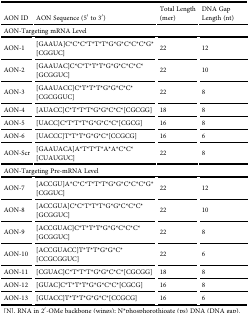
<table><thead><tr><td><b>AON ID</b></td><td><b>AON Sequence (5′ to 3′)</b></td><td><b>Total Length (mer)</b></td><td><b>DNA Gap Length (nt)</b></td></tr></thead><tbody><tr><td colspan="4"><b>AON-Targeting mRNA Level</b></td></tr><tr><td>AON-1</td><td>[GAAUA]C*C*C*T*T*T*G*G*C*C*C*G*[CGGUC]</td><td>22</td><td>12</td></tr><tr><td>AON-2</td><td>[GAAUAC]C*C*T*T*T*G*G*C*C*C*[GCGGUC]</td><td>22</td><td>10</td></tr><tr><td>AON-3</td><td>[GAAUACC]C*T*T*T*G*G*C*C*[CGCGGUC]</td><td>22</td><td>8</td></tr><tr><td>AON-4</td><td>[AUACC]C*T*T*T*G*G*C*C*[CGCGG]</td><td>18</td><td>8</td></tr><tr><td>AON-5</td><td>[UACC]C*T*T*T*G*G*C*C*[CGCG]</td><td>16</td><td>8</td></tr><tr><td>AON-6</td><td>[UACCC]T*T*T*G*G*C*[CCGCG]</td><td>16</td><td>6</td></tr><tr><td>AON-Scr</td><td>[GAAUACA]A*T*T*T*A*A*C*C*[CUAUGUC]</td><td>22</td><td>8</td></tr><tr><td colspan="4"><b>AON-Targeting Pre-mRNA Level</b></td></tr><tr><td>AON-7</td><td>[ACCGU]A*C*C*T*T*T*G*G*C*C*C*G*[CGGUC]</td><td>22</td><td>12</td></tr><tr><td>AON-8</td><td>[ACCGUA]C*C*T*T*T*G*G*C*C*C*[GCGGUC]</td><td>22</td><td>10</td></tr><tr><td>AON-9</td><td>[ACCGUAC]C*T*T*T*G*G*C*C*C*[GCGGUC]</td><td>22</td><td>8</td></tr><tr><td>AON-10</td><td>[ACCGUACC]T*T*T*G*G*C*[CCGCGGUC]</td><td>22</td><td>6</td></tr><tr><td>AON-11</td><td>[CGUAC]C*T*T*T*G*G*C*C*[CGCGG]</td><td>18</td><td>8</td></tr><tr><td>AON-12</td><td>[GUAC]C*T*T*T*G*G*C*C*[CGCG]</td><td>16</td><td>8</td></tr><tr><td>AON-13</td><td>[GUACC]T*T*T*G*G*C*[CCGCG]</td><td>16</td><td>6</td></tr></tbody></table>